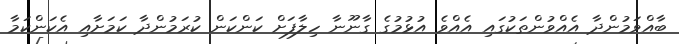
ބާއްވަމުންދާ އެއްވުންތަކުގައި އެއްވެ އުޅުމުގެ ގާނޫނާ ހިލާފަށް ކަންކަން ކުރަމުންދާ ކަމަށާއި އެކަންކަމާ